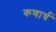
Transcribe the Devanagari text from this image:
कणार्ध